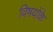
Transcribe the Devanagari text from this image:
विषयोंके